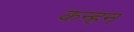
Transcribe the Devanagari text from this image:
कन्हन